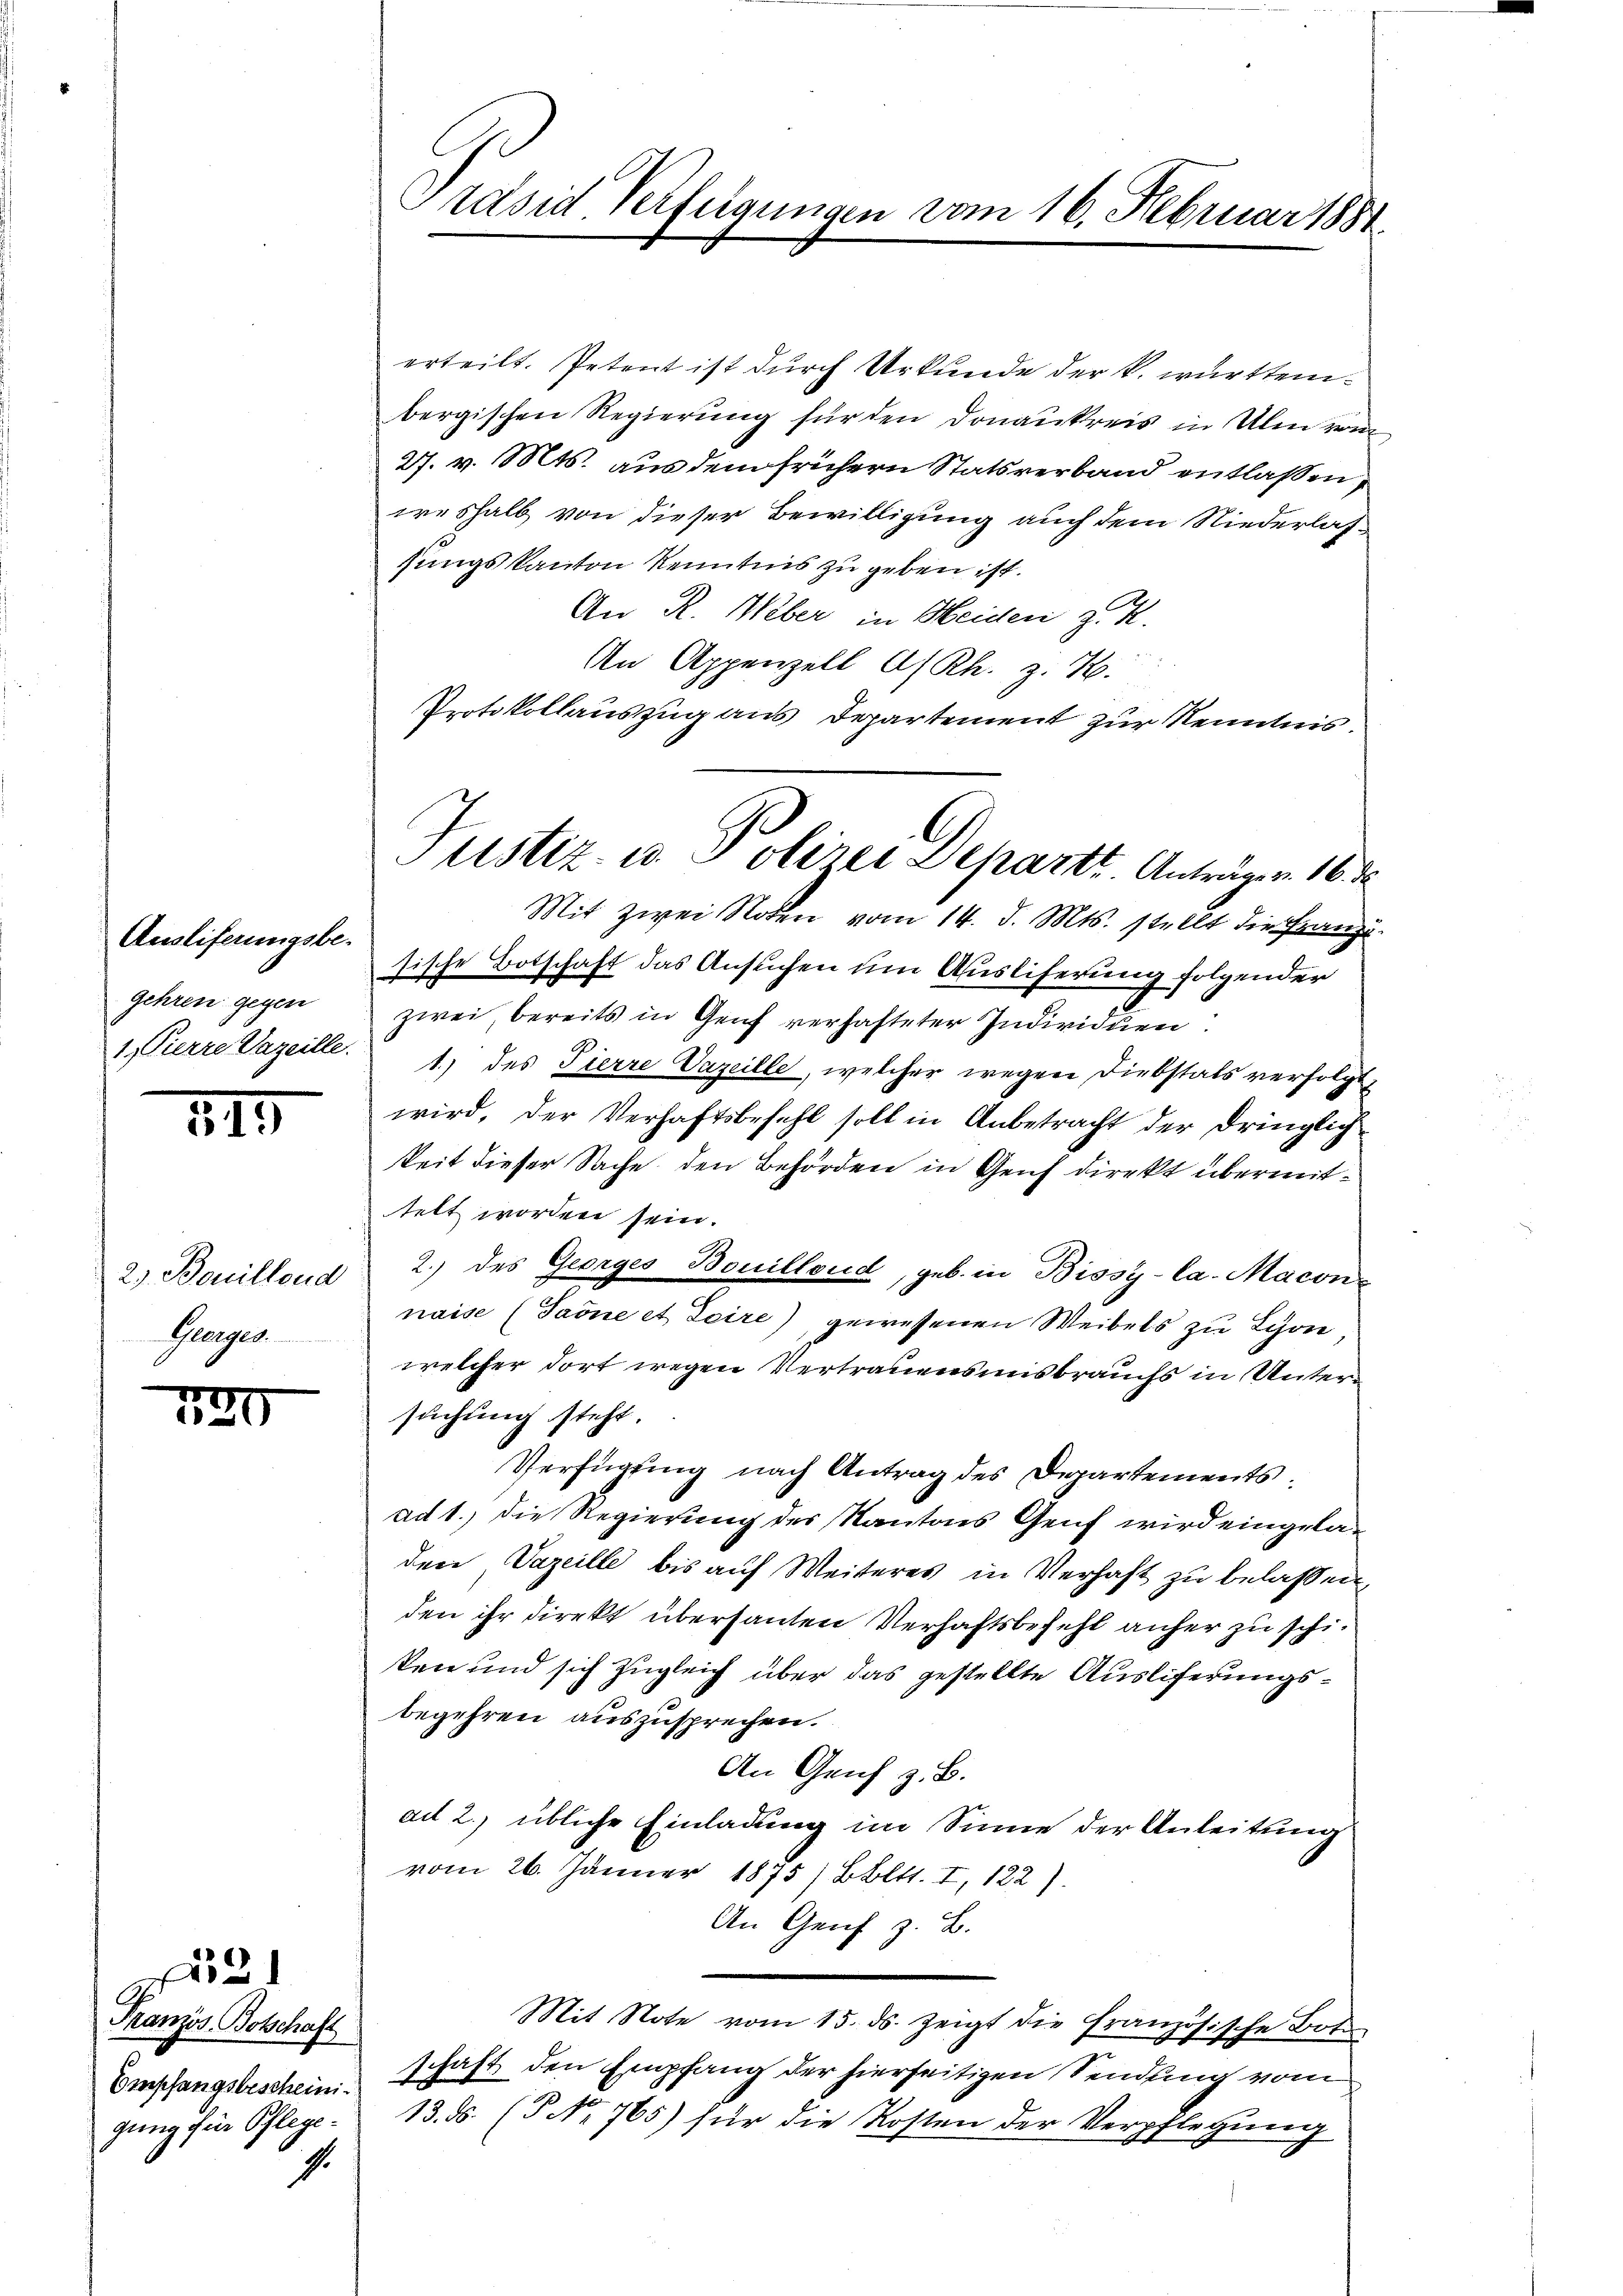
Auslieferungsbegehren gegen
1. Pierre Vazeille.

515

2. Bouillend
Glungen.

129

Französ. Botschaft
Empfangsbescheini
gung für Pflege¬

23)

1.

Präsid. Verfügungen vom 16. Februar 1881

erteilt. Petent ist durch Urkunde der k. württembergischen Regierung für den Donaukreis in Ulm von
27. v. Mts. aus dem frühern Statsverband entlassen,
weshalb von dieser Bewilligung auch dem Niederlassungs kanton Kenntnis zu geben ist.
An R. Weber in Heiden z. K.
An Appenzell A/Rh. z. B.
Protokollauszug aus Departement zur Kenntnis
zwei bereits in Genf verhafteter Individuen
1) des Tierre Vazeille, welcher wegen Diebstals verfolgt,
wird, der Verhaftsbefehl soll in Anbetracht der dringlich
keit dieser Sache den Behörden in Genf direkt übermittelt worden sein.
2.) des Georges Bouillond, geb. in Bissy-la-Macone
naise (Taone et Seire), gewesenen Weibels zu Schon
welcher dort wegen Vertrauensmisbrauchs in Untersuchung steht.
Verfügung nach Antrag des Departements
ad 1., die Regierung des Kantons Genf wird eingeladen Vazeille bis auf Weiteres in Verhaft zu belassen,
den ihr direkt übersanten Verhaftsbefehl anher zu schiten und sich zugleich über das gestellte Ausliferungsbegehren auszusprechen.
An Genf z. B.
ad 2., übliche Einladung im Sinne der Anleitung
vom 26. Jänner 1875) Bbltt. I, 122).
An Genf z. B.
Mit Note vom 15. ds. zeigt die Französische Bot
schaft den Empfang der hierseitigen Sendung vom
13. ds. (§ No. 765) für die Kosten der Verpflegung

Justiz- u. Polizei Departe Anträge v. 16. d
Mit zwei Noten vom 14. d. Mts. stellt die Franzi
sische Botschaft das Ansuchen um Ausliferung folgender